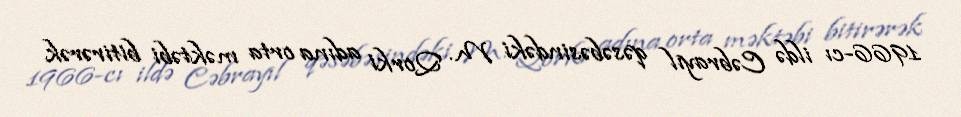
1966-cı ildə Cəbrayıl qəsəbəsindəki M. Qorki adına orta məktəbi bitirərək